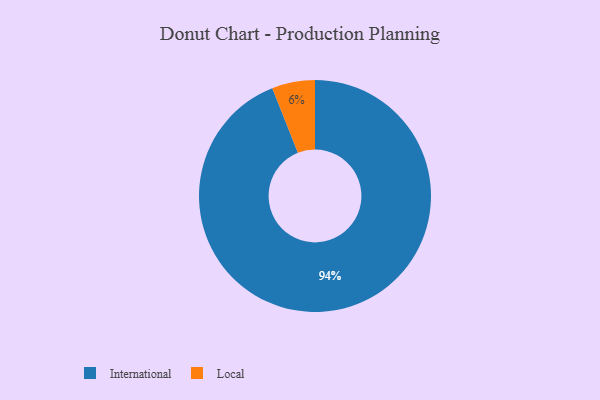
{"axis": {"x": "Category", "y": "Percentage"}, "legend": ["International", "Local"], "data": [{"x": "Local", "y": 6, "type": "Local"}, {"x": "International", "y": 94, "type": "International"}]}